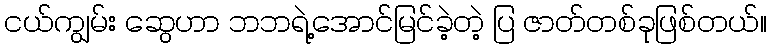
ငယ်ကျွမ်း ဆွေဟာ ဘဘရဲ့အောင်မြင်ခဲ့တဲ့ ပြ ဇာတ်တစ်ခုဖြစ်တယ်။